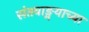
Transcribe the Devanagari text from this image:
संतवाङ्मयाच्या